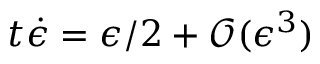
t \dot { \epsilon } = \epsilon / 2 + \mathcal { O } ( \epsilon ^ { 3 } )